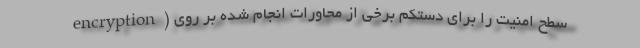
encryption) سطح امنیت را برای دستکم برخی از محاورات انجام شده بر روی